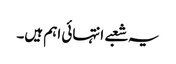
یہ شعبے انتہائی اہم ہیں۔